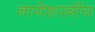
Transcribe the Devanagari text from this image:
नाणेशास्त्रीय